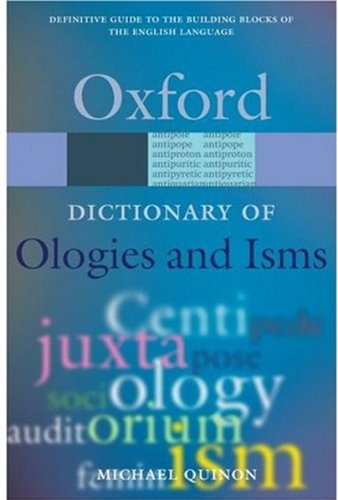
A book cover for Ologies and Isms: A Dictionary of Word Beginnings and Endings (Oxford Quick Reference); Michael Quinion; Reference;